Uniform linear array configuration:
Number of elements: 24
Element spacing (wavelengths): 1
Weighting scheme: binomial
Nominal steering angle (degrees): -30
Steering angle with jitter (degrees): -28.591
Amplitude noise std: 0.05
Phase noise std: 0.05

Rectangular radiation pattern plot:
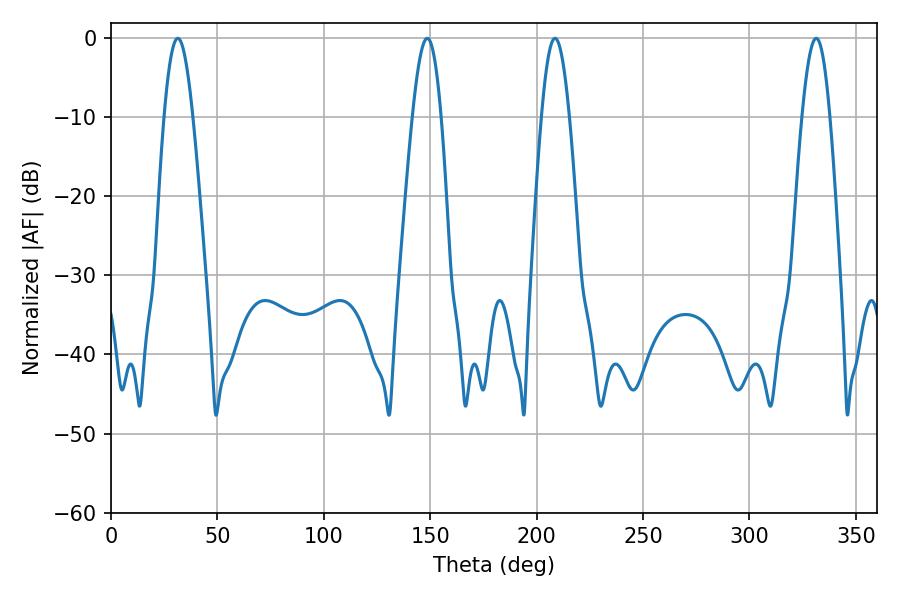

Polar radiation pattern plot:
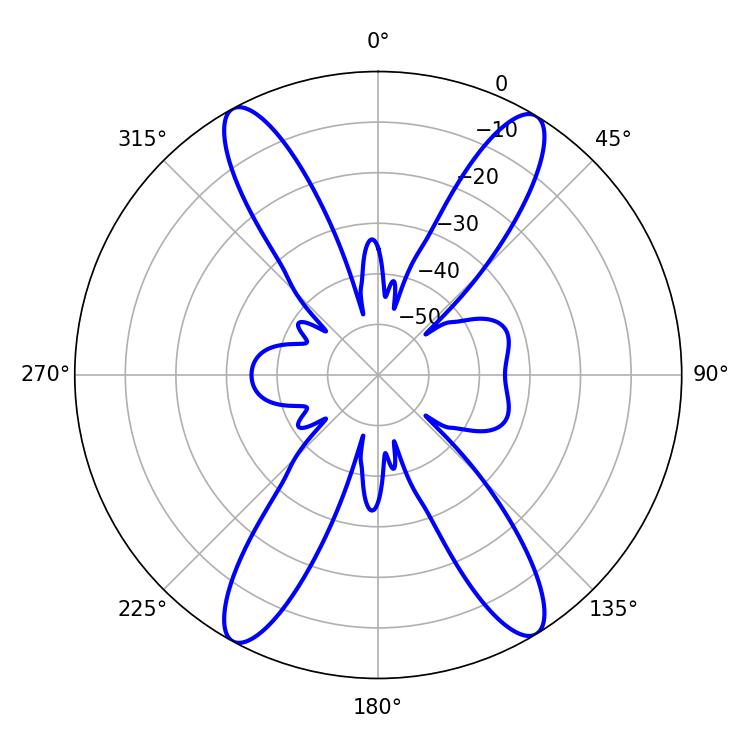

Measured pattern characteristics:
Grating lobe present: TRUE
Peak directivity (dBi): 21.01
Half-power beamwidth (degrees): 7.02
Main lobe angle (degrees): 208.62